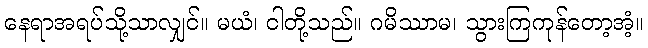
နေရာအရပ်သို့သာလျှင်။ မယံ၊ ငါတို့သည်။ ဂမိဿာမ၊ သွားကြကုန်တော့အံ့။